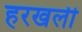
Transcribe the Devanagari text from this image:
हरखली